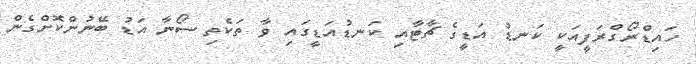
ހައިޑްރޯގްރަފީއަކީ ކަނޑު އަޑީގެ ޗާޓާއި ކަނޑުއަޑީގައި ވާ ތަކެތި ސޯނާ އަޑު ބޭނުންކޮށްގެން